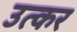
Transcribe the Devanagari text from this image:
उत्कर